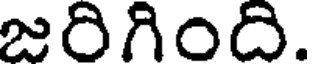
జరిగింది.